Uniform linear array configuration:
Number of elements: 16
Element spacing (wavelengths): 1
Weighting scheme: cosine
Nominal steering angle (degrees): -15
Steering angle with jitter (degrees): -13.566
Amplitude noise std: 0.05
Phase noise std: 0.05

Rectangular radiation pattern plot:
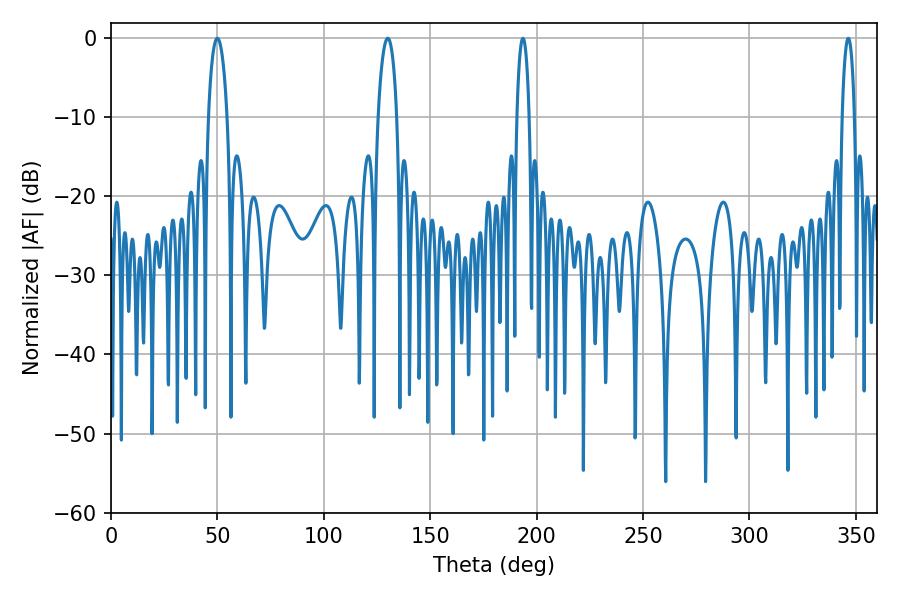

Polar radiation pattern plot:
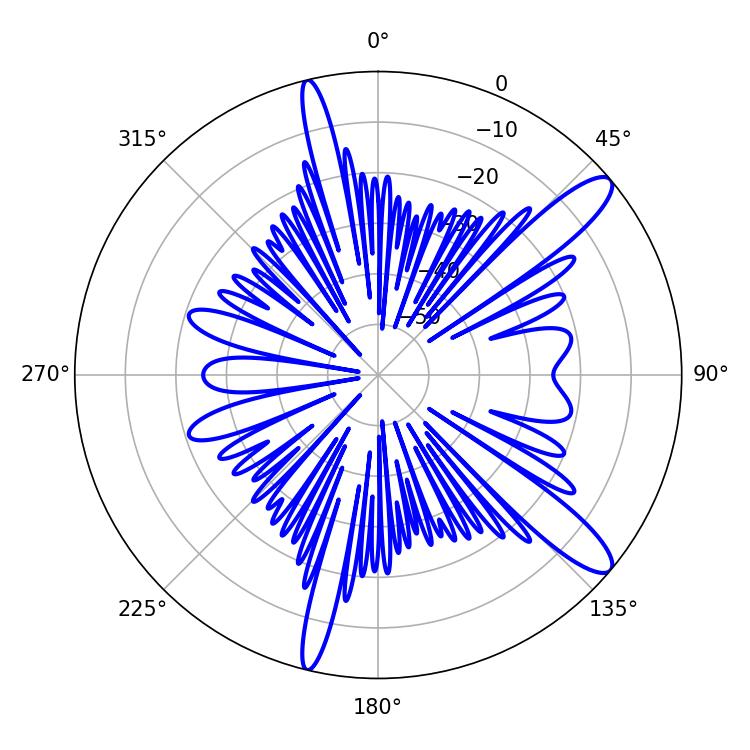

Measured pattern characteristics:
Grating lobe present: TRUE
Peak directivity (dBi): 12.284
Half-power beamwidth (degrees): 5.04
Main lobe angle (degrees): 50.04